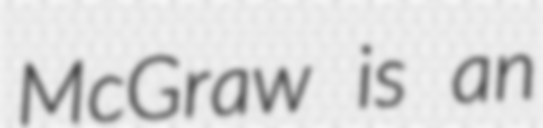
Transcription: McGraw is an